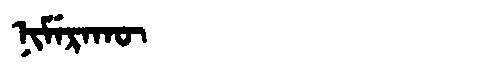
Manchu: ᠨᡳᠮᡝᡵᠠᡴᡡ
Romanization: NIMERAKŪ